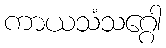
ကာယသံသဂ္ဂေါ